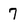
Character: 7